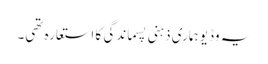
یہ وڈیو ہماری ذہنی پسماندگی کا استعارہ تھی۔